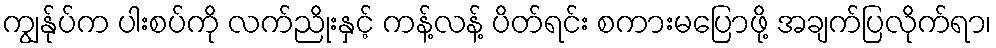
ကျွန်ုပ်က ပါးစပ်ကို လက်ညိုးနှင့် ကန့်လန့် ပိတ်ရင်း စကားမပြောဖို့ အချက်ပြလိုက်ရာ၊